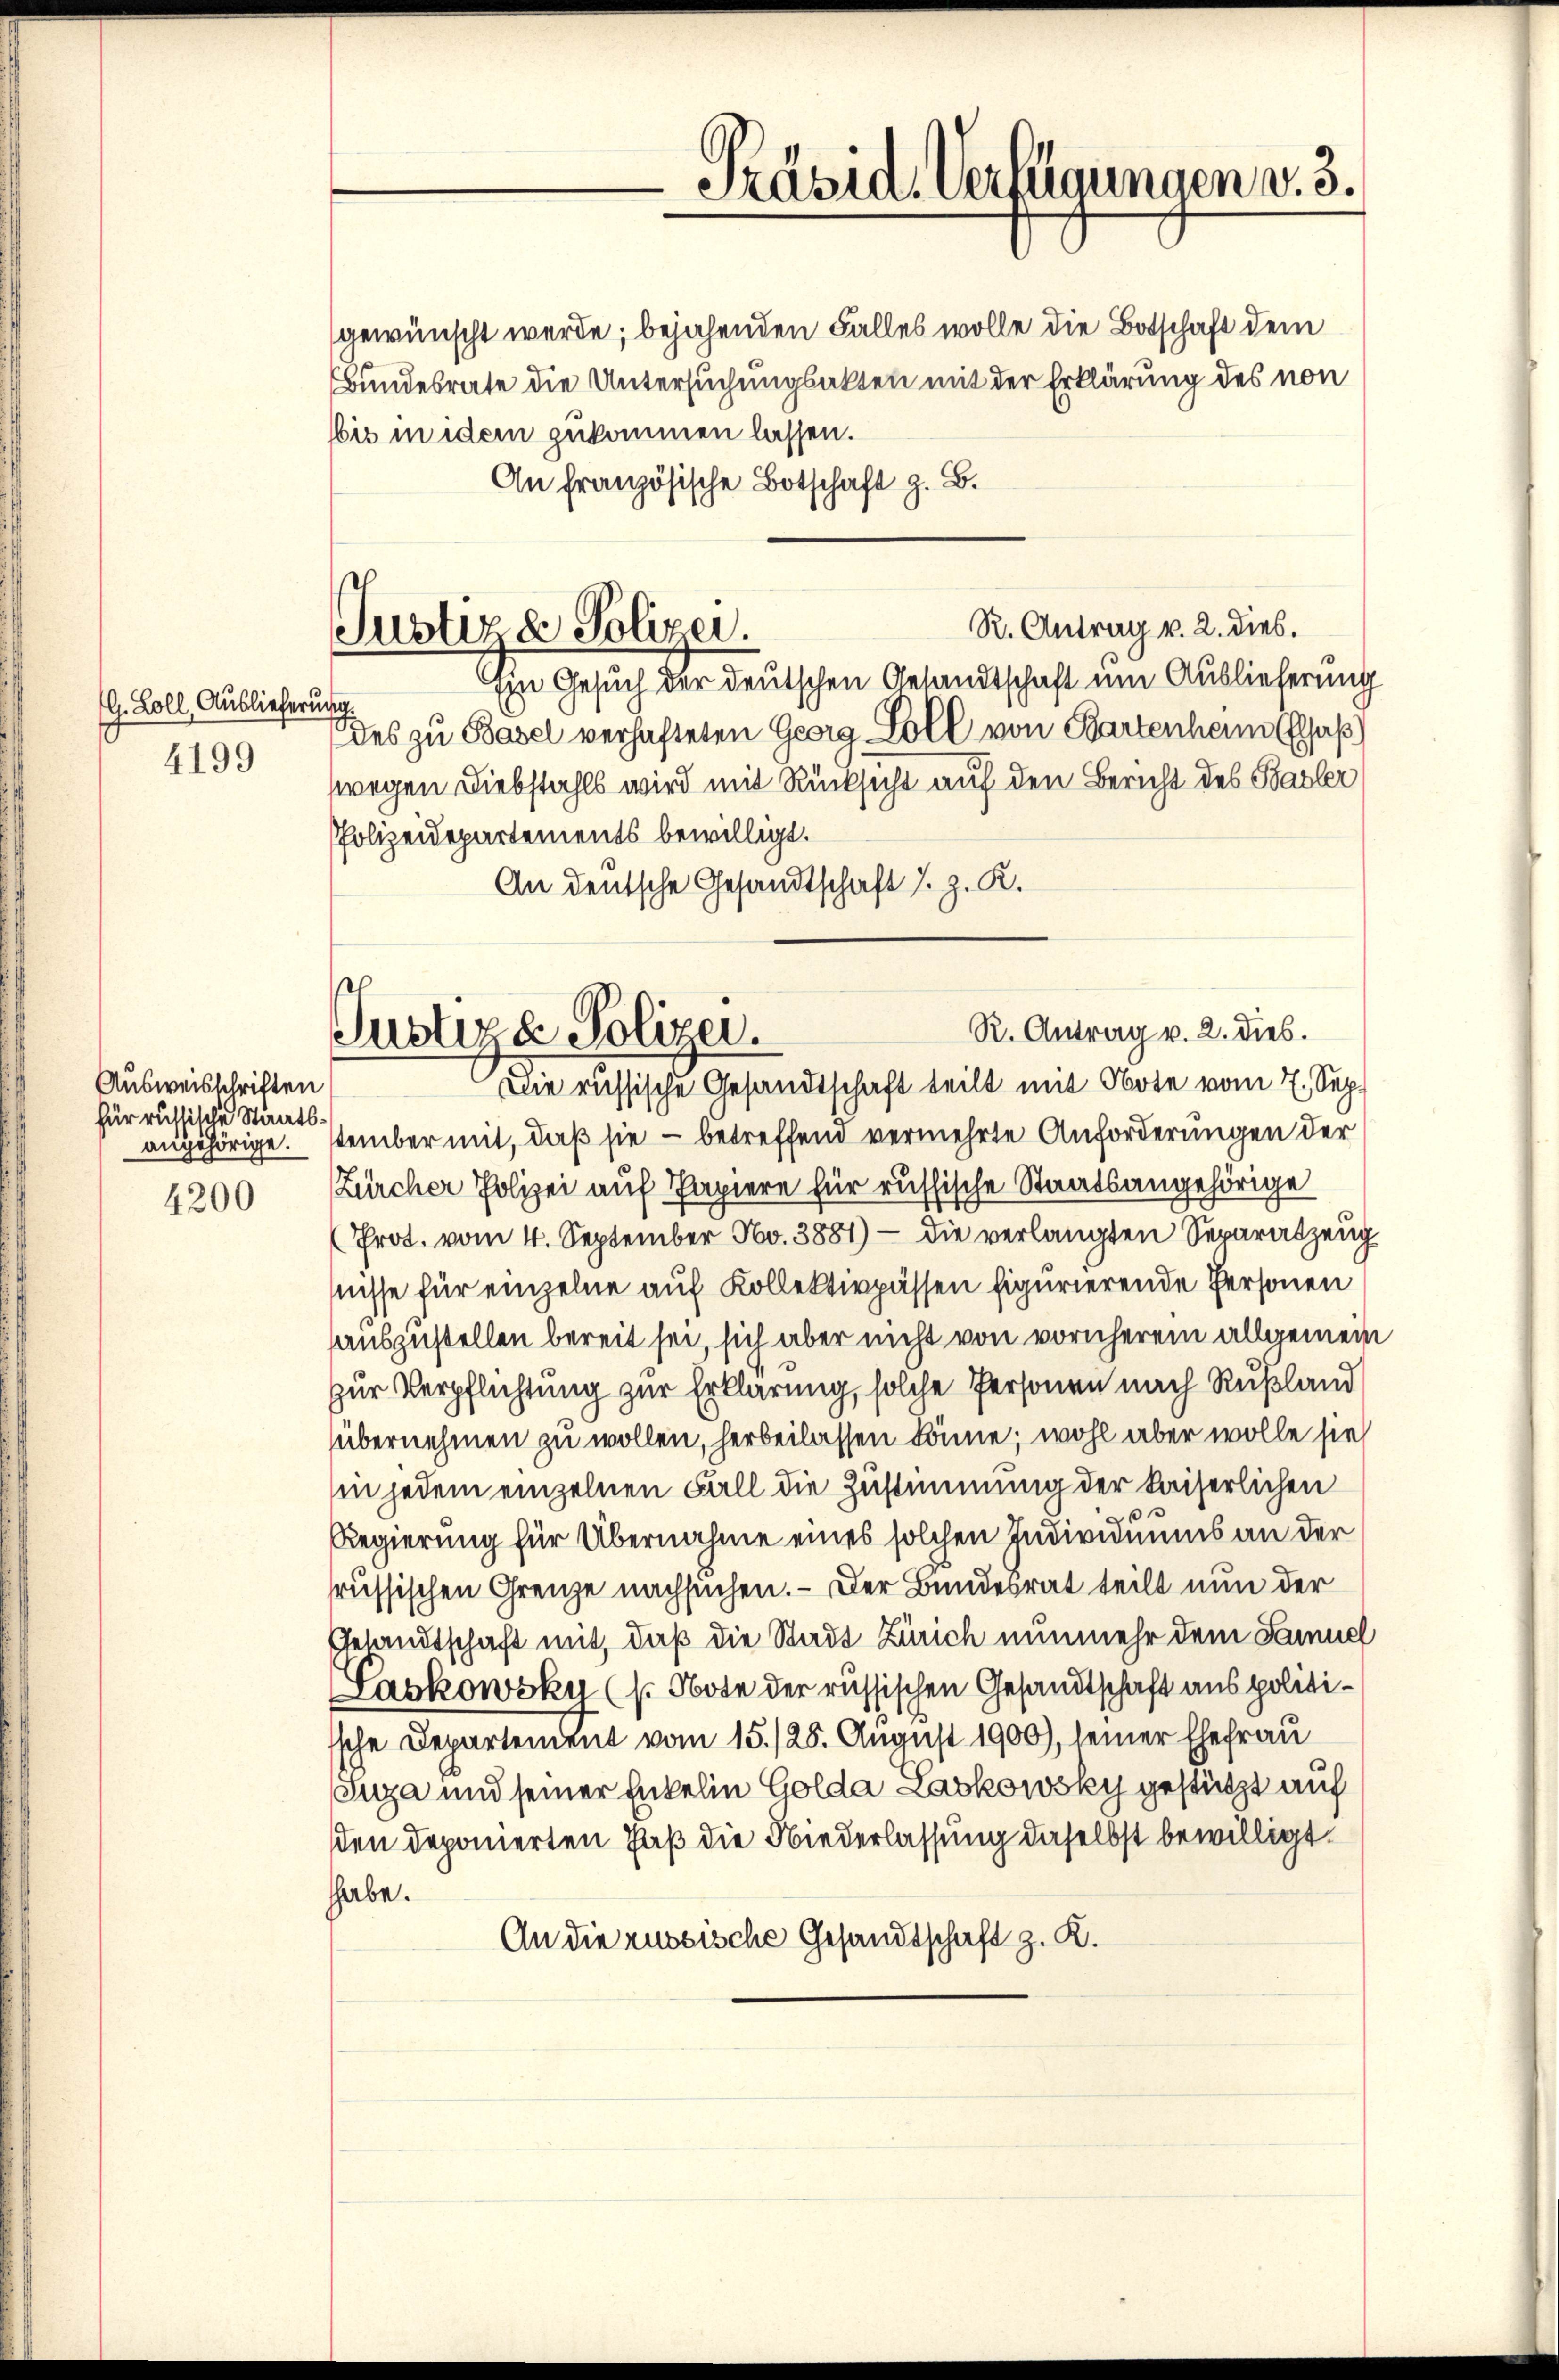
G. Zoll, Auslieferung
4199

Ausweisschriften
für russische Staatsangehörige.

4200

gewünscht werde; bejahenden Falles wolle die Botschaft dem
Bundesrate die Untersuchungsakten mit der Erklärung des von
bis in dem zukommen lassen.
An französische Botschaft z. B.
R. Antrag v. 2. dies.
Ein Gesuch der deutschen Gesandtschaft um Auslieferung
des zu Basel verhafteten Georg Soll von Bartenheim Elsaß
wegen Diebstahls wird mit Rücksicht auf den Bericht des Basler
PPolizeidepartements bewilligt.
An deutsche Gesandtschaft s. z. K.

Justiz & Polizei.

-Präsid. Verfügungen v. 3.

tember mit, daß sie – betreffend vermehrte Anforderungen der
Zürcher Polizei auf Papiere für russische Staatsangehörige
(Prot. vom 4. September No. 3881) - die verlangten Separatzeug
snisse für einzelne auf Kollektivpässen figurierende Personen
auszustellen bereit sei, sich aber nicht von vornherem allgemein
zur Verpflichtung zur Erklärung, solche Personen nach Rußland
übernehmen zu wollen, herbeilassen könne; wohl aber wolle sie
in jedem einzelnen Fall die Zustimmung der kaiserlichen
s
Regierung für Übernahme eines solchen Individuums an der
russischen Grenze nachsuchen. - Der Bundesrat teilt nun der
Gelandtschaft mit, daß die Stadt Zürich nunmehr dem Samuel
Laskowsky (s. Note der russischen Gesandtschaft aus politissche Departement vom 15./25. August 1900), seiner Ehefrau
Suza und seiner Enkelin Golda Laskowsky gestützt auf
den deponierten Haß die Niederlassung daselbst bewilligt.
hhabe.
An die russische Gesandtschaft z. R.

R. Antrag v. 2. dies.
Justiz & Polizei.
Die russische Gesandtschaft teilt mit Note vom 7. Sep.